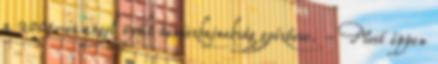
a 2001-es angol nyílt teniszbajnokság győztese. - Most éppen